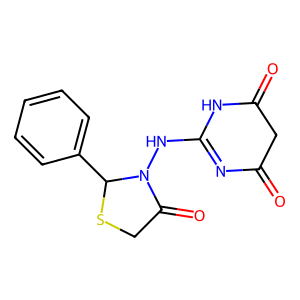
SMILES: O=C1CC(=O)NC(NN2C(=O)CSC2c2ccccc2)=N1
Inhibits HIV replication: No